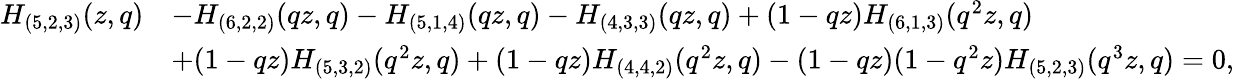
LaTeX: \begin{array}{rl}{H_{(5,2,3)}(z,q)}&{-H_{(6,2,2)}(qz,q)-H_{(5,1,4)}(qz,q)-H_{(4,3,3)}(qz,q)+(1-qz)H_{(6,1,3)}(q^{2}z,q)}\\ &{+(1-qz)H_{(5,3,2)}(q^{2}z,q)+(1-qz)H_{(4,4,2)}(q^{2}z,q)-(1-qz)(1-q^{2}z)H_{(5,2,3)}(q^{3}z,q)=0,}\end{array}